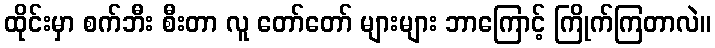
ထိုင်းမှာ စက်ဘီး စီးတာ လူ တော်တော် များများ ဘာကြောင့် ကြိုက်ကြတာလဲ။